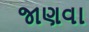
જાણવા